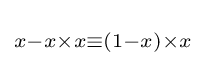
\scriptstyle x-x\times x\equiv (1-x)\times x